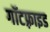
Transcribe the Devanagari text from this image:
गॉटफ़्राइड